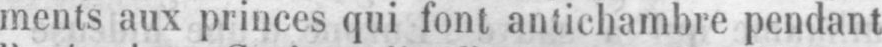
ments aux princes qui font antichambre pendant